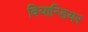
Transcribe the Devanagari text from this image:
वियान्डियर